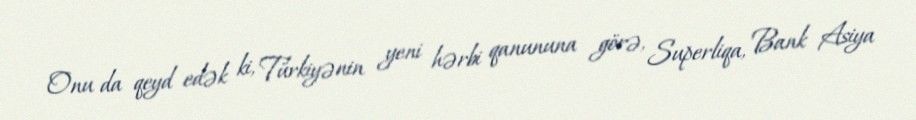
Onu da qeyd edək ki, Türkiyənin yeni hərbi qanununa görə, Superliqa, Bank Asiya